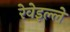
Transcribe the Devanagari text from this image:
रेवेइल्ले